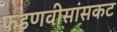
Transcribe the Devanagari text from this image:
फडणवीसांसकट